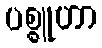
ပစ္စူဟာ